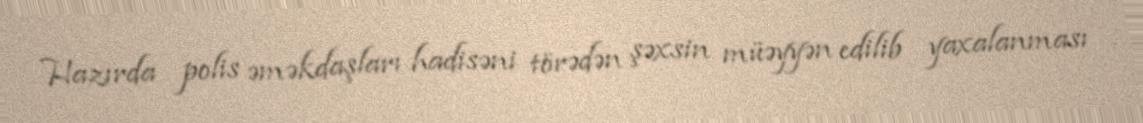
Hazırda polis əməkdaşları hadisəni törədən şəxsin müəyyən edilib yaxalanması